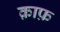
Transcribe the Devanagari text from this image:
क़ाफ़